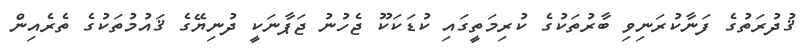
ޤުދުރަތުގެ ފަނާކުރަނިވި ބާރުތަކުގެ ކުރިމަތީގައި ކުޑަކަކޫ ޖެހުނު ޖަޕާނަކީ ދުނިޔޭގެ ޤައުމުތަކުގެ ތެރެއިން